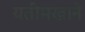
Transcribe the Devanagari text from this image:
यतीमखाने